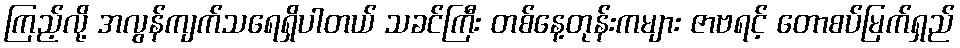
ကြည့်လို့ အလွန်ကျက်သရေရှိပါတယ် သခင်ကြီး တစ်နေ့တုန်းကများ ဇာဗရင့် တောစပ်မြက်ရှည်